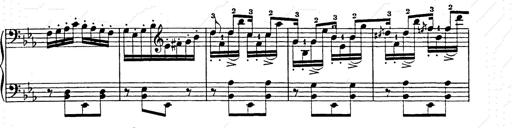
Title: Hungarian Rhapsody No.9
Composer: Franz Liszt
Key: E-flat major